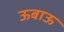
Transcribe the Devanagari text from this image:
ऊबाऊ